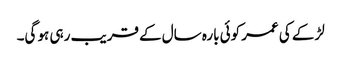
لڑکے کی عمر کوئی بارہ سال کے قریب رہی ہو گی۔